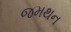
જમથન